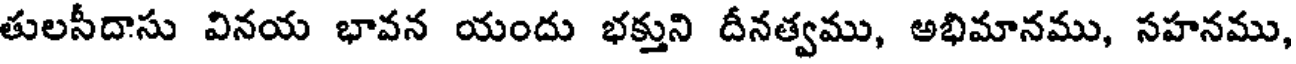
తులసీదాసు వినయ భావన యందు భక్తుని దీనత్వము, అభిమానము, సహనము,